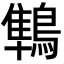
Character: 鶽